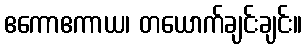
ဧကောဧကာယ၊ တယောက်ချင်းချင်း။